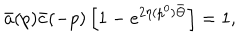
\bar { a } ( p ) \bar { c } ( - p ) \left[ 1 - e ^ { 2 \eta ( p ^ { 0 } ) \bar { \Theta } } \right] = 1 ,